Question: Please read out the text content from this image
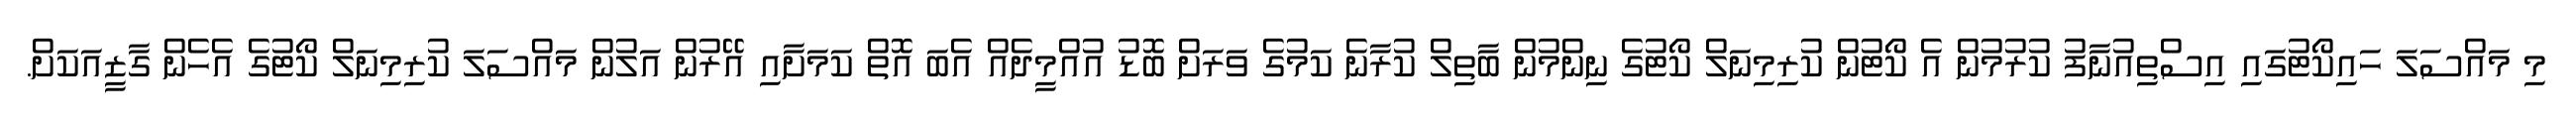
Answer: މި މައްސަލަ ހައިކޯޓުގައި އިސްތިއުނާފު ކުރުމުން އެ ކޯޓުން ކުރިމިނަލް ކޯޓުގެ ނިންމުން ބާތިލް ކުރާނެ ކަމުގެ ވަރަށް ބޮޑު އުއްމީދެއް އެބަ އޮތް ކަމަށާއި އޭރުން އަލުން މައްސަލަ ކުރިމިނަލް ކޯޓުގެ އެހެން ގާޒީއަކަށް.